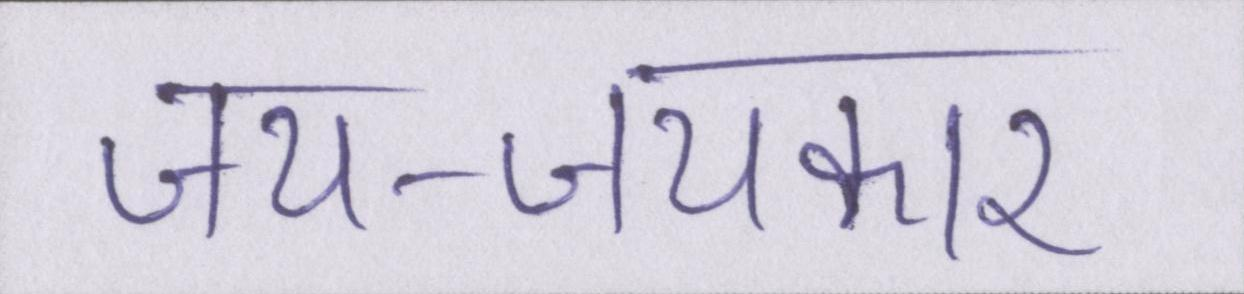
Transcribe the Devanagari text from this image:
जय-जयकार